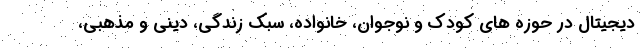
دیجیتال در حوزه های کودک و نوجوان، خانواده، سبک زندگی، دینی و مذهبی،